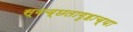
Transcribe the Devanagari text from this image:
स्वच्छतागृहाच्या